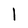
Character: l